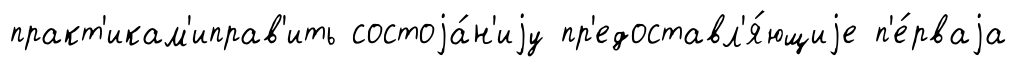
практ'икам'иправ'ить состоjа́н'иjу пр'едоставл'я́ющиjе п'е́рваjа